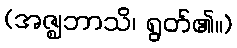
(အဇ္ဈဘာသိ၊ ရွတ်၏။)